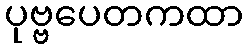
ပုဗ္ဗပေတကထာ